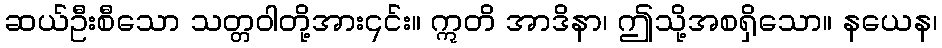
ဆယ်ဦးစီသော သတ္တဝါတို့အား၎င်း။ ဣတိ အာဒိနာ၊ ဤသို့အစရှိသော။ နယေန၊